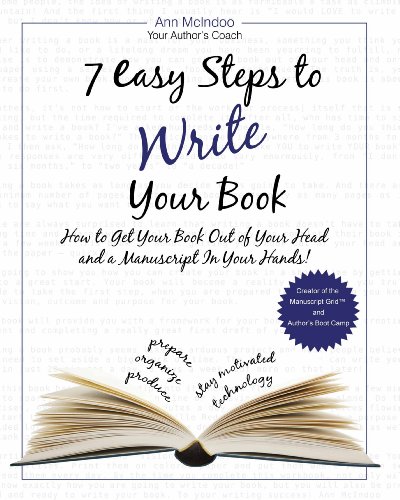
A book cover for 7 Easy Steps to Write Your Book: How to Get Your Book Out of Your Head and a Manuscript in Your Hands!; Ann McIndoo; Education & Teaching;